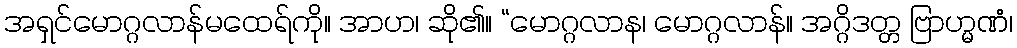
အရှင်မောဂ္ဂလာန်မထေရ်ကို။ အာဟ၊ ဆို၏။ “မောဂ္ဂလာန၊ မောဂ္ဂလာန်။ အဂ္ဂိဒတ္တ ဗြာဟ္မဏံ၊